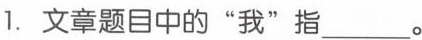
1.文章题目中的”我”指___。